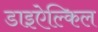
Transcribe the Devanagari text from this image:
डाइऐल्किल